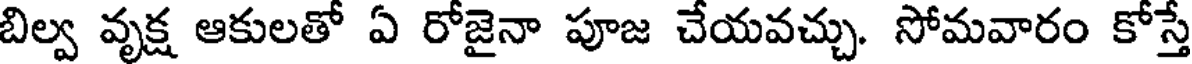
బిల్వ వృక్ష ఆకులతో ఏ రోజైనా పూజ చేయవచ్చు. సోమవారం కోస్తే